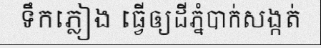
ទឹកភ្លៀង ធ្វើឲ្យដីភ្នំបាក់សង្កត់